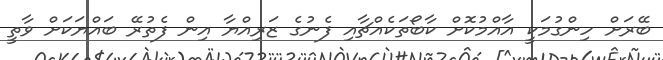
ބޭރަށް ހިންގުމަކީ އާއްމުކޮށް ކާބޯތަކެއްޗާއި ފެނުގެ ޒަރިއްޔާ އިން ފެތުރޭ ބައްޔަކަށް ވާތީ